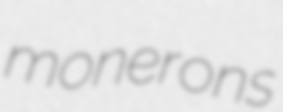
monerons